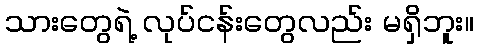
သားတွေရဲ့ လုပ်ငန်းတွေလည်း မရှိဘူး။